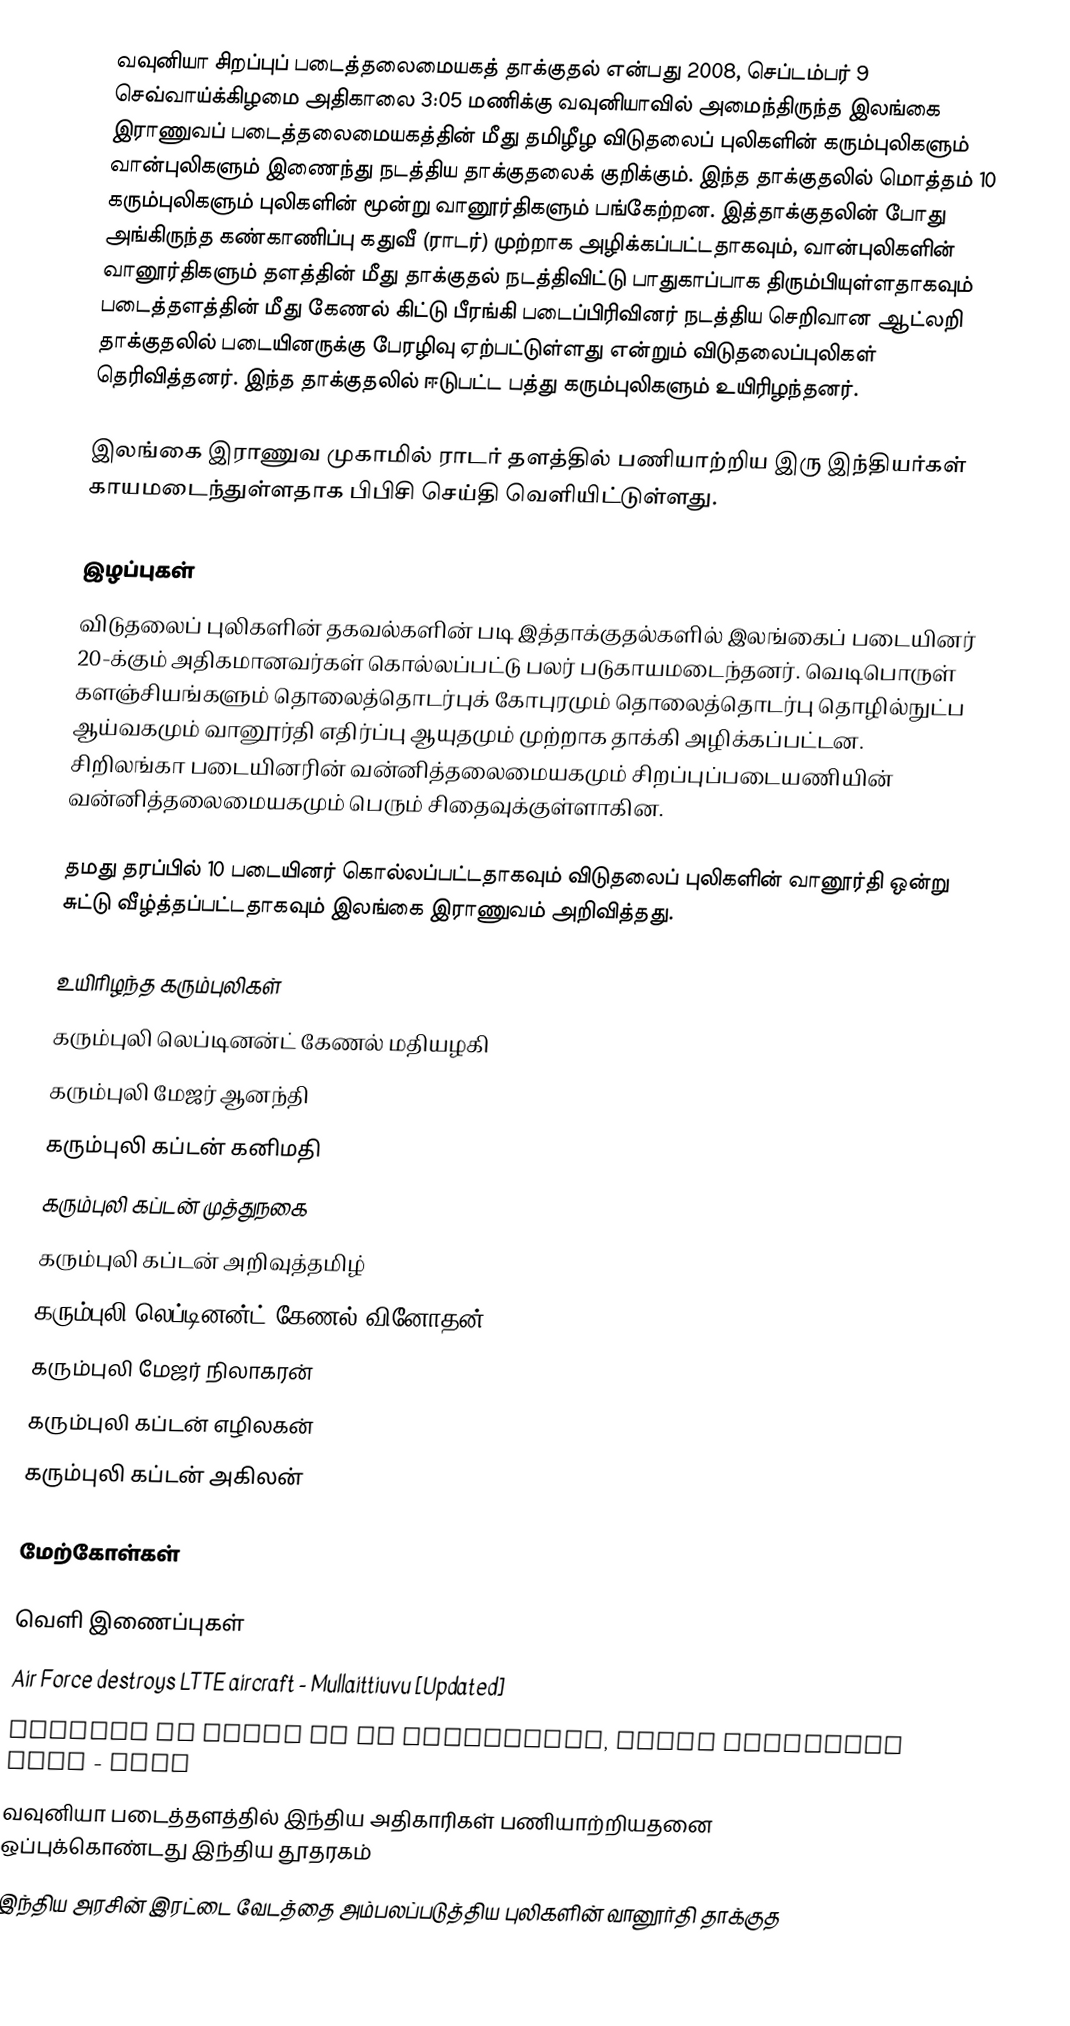
வவுனியா சிறப்புப் படைத்தலைமையகத் தாக்குதல் என்பது 2008, செப்டம்பர் 9  செவ்வாய்க்கிழமை அதிகாலை 3:05 மணிக்கு வவுனியாவில் அமைந்திருந்த இலங்கை இராணுவப் படைத்தலைமையகத்தின் மீது தமிழீழ விடுதலைப் புலிகளின் கரும்புலிகளும் வான்புலிகளும் இணைந்து நடத்திய தாக்குதலைக் குறிக்கும். இந்த தாக்குதலில் மொத்தம் 10 கரும்புலிகளும் புலிகளின் மூன்று வானூர்திகளும் பங்கேற்றன. இத்தாக்குதலின் போது அங்கிருந்த கண்காணிப்பு கதுவீ (ராடர்) முற்றாக அழிக்கப்பட்டதாகவும், வான்புலிகளின் வானூர்திகளும் தளத்தின் மீது தாக்குதல் நடத்திவிட்டு பாதுகாப்பாக திரும்பியுள்ளதாகவும் படைத்தளத்தின் மீது கேணல் கிட்டு பீரங்கி படைப்பிரிவினர் நடத்திய செறிவான ஆட்லறி தாக்குதலில் படையினருக்கு பேரழிவு ஏற்பட்டுள்ளது என்றும் விடுதலைப்புலிகள் தெரிவித்தனர். இந்த தாக்குதலில் ஈடுபட்ட பத்து கரும்புலிகளும் உயிரிழந்தனர்.

இலங்கை இராணுவ முகாமில் ராடர் தளத்தில் பணியாற்றிய இரு இந்தியர்கள் காயமடைந்துள்ளதாக பிபிசி செய்தி வெளியிட்டுள்ளது.

இழப்புகள்
விடுதலைப் புலிகளின் தகவல்களின் படி இத்தாக்குதல்களில் இலங்கைப் படையினர் 20-க்கும் அதிகமானவர்கள் கொல்லப்பட்டு பலர் படுகாயமடைந்தனர். வெடிபொருள் களஞ்சியங்களும் தொலைத்தொடர்புக் கோபுரமும் தொலைத்தொடர்பு தொழில்நுட்ப ஆய்வகமும் வானூர்தி எதிர்ப்பு ஆயுதமும் முற்றாக தாக்கி அழிக்கப்பட்டன. சிறிலங்கா படையினரின் வன்னித்தலைமையகமும் சிறப்புப்படையணியின் வன்னித்தலைமையகமும் பெரும் சிதைவுக்குள்ளாகின.

தமது தரப்பில் 10 படையினர் கொல்லப்பட்டதாகவும் விடுதலைப் புலிகளின் வானூர்தி ஒன்று சுட்டு வீழ்த்தப்பட்டதாகவும் இலங்கை இராணுவம் அறிவித்தது.

உயிரிழந்த கரும்புலிகள்
 கரும்புலி லெப்டினன்ட் கேணல் மதியழகி
 கரும்புலி மேஜர் ஆனந்தி
 கரும்புலி கப்டன் கனிமதி
 கரும்புலி கப்டன் முத்துநகை
 கரும்புலி கப்டன் அறிவுத்தமிழ்
 கரும்புலி லெப்டினன்ட் கேணல் வினோதன்
 கரும்புலி மேஜர் நிலாகரன்
 கரும்புலி கப்டன் எழிலகன்
 கரும்புலி கப்டன் அகிலன்

மேற்கோள்கள்

வெளி இணைப்புகள்
 Air Force destroys LTTE aircraft - Mullaittiuvu [Updated]
 Mission on Vanni SF HQ successful, Tiger aircrafts safe - LTTE
 வவுனியா படைத்தளத்தில் இந்திய அதிகாரிகள் பணியாற்றியதனை ஒப்புக்கொண்டது இந்திய தூதரகம்
 இந்திய அரசின் இரட்டை வேடத்தை அம்பலப்படுத்திய புலிகளின் வானூர்தி தாக்குத